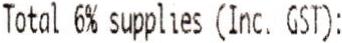
TOTAL 6% SUPPLIES (INC. GST):